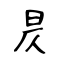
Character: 昃